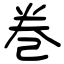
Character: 巻